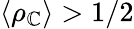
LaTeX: \langle\rho_{\mathbb{C}}\rangle>1/2